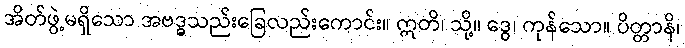
အိတ်ဖွဲ့မရှိသော အဗဒ္ဓသည်းခြေလည်းကောင်း။ ဣတိ၊ သို့။ ဒွေ၊ ကုန်သော။ ပိတ္တာနိ၊